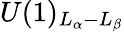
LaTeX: U(1)_{L_{\alpha}-L_{\beta}}